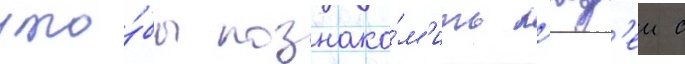
что́бы познако́м'ить л'юд'еи с